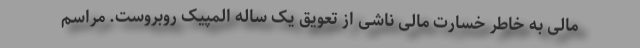
مالی به خاطر خسارت مالی ناشی از تعویق یک ساله المپیک روبروست. مراسم